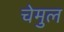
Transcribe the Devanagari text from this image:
चेमुल